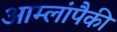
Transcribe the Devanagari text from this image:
आम्लांपैकी